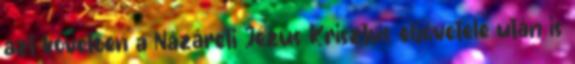
azt követően a Názáreti Jézus Krisztus eljövetele után is